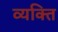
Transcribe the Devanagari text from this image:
व्‍यक्‍ति